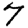
Digit: 7